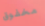
مخفوق